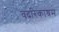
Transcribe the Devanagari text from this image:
वदरिकाश्रम